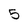
Character: 5